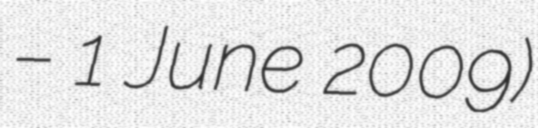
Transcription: – 1 June 2009)